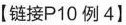
【链接Р10例4】